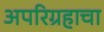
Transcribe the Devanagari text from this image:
अपरिग्रहाचा